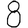
Digit: 8